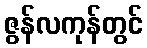
ဇွန်လကုန်တွင်